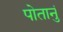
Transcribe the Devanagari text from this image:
पोतानुं